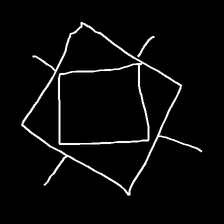
Glyph: light